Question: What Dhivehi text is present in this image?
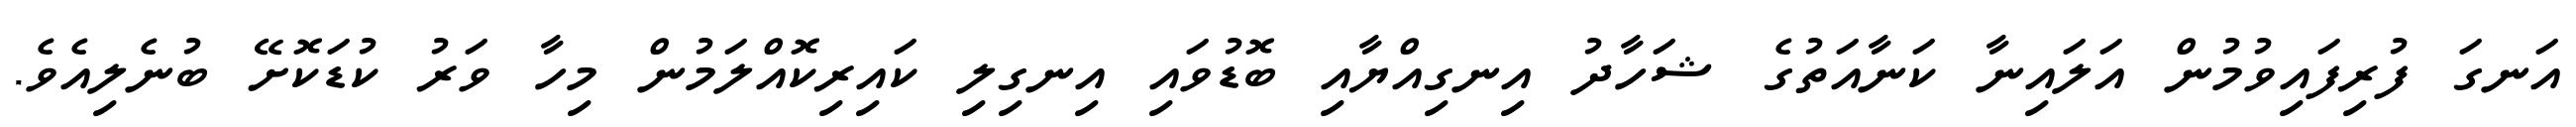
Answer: އަނގަ ފުރިފައިވުމުން އަލައިނާ ކަނާއަތުގެ ޝަހާދު އިނގިއްޔާއި ބޮޑުވައި އިނގިލި ކައިރިކޮއްލަމުން މިހާ ވަރު ކުޑަކޮށޭ ބުނެލިއެވެ.